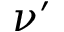
\nu ^ { \prime }